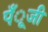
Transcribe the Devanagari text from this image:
पँूजी